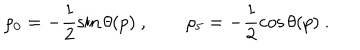
\rho _ { 0 } = - \frac { 1 } { 2 } \sin \theta ( p ) \ , \qquad \rho _ { 5 } = - \frac { 1 } { 2 } \cos \theta ( p ) \ .